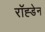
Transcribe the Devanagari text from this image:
रॉह्डेन